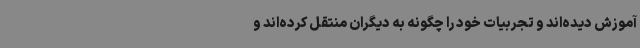
آموزش دیده‌اند و تجربیات خود را چگونه به دیگران منتقل کرده‌اند و